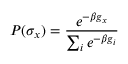
P ( \sigma _ { x } ) = \frac { e ^ { - \beta g _ { x } } } { \sum _ { i } e ^ { - \beta g _ { i } } }